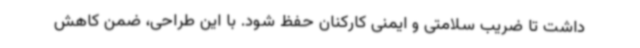
داشت تا ضریب سلامتی و ایمنی کارکنان حفظ شود. با این طراحی، ضمن کاهش